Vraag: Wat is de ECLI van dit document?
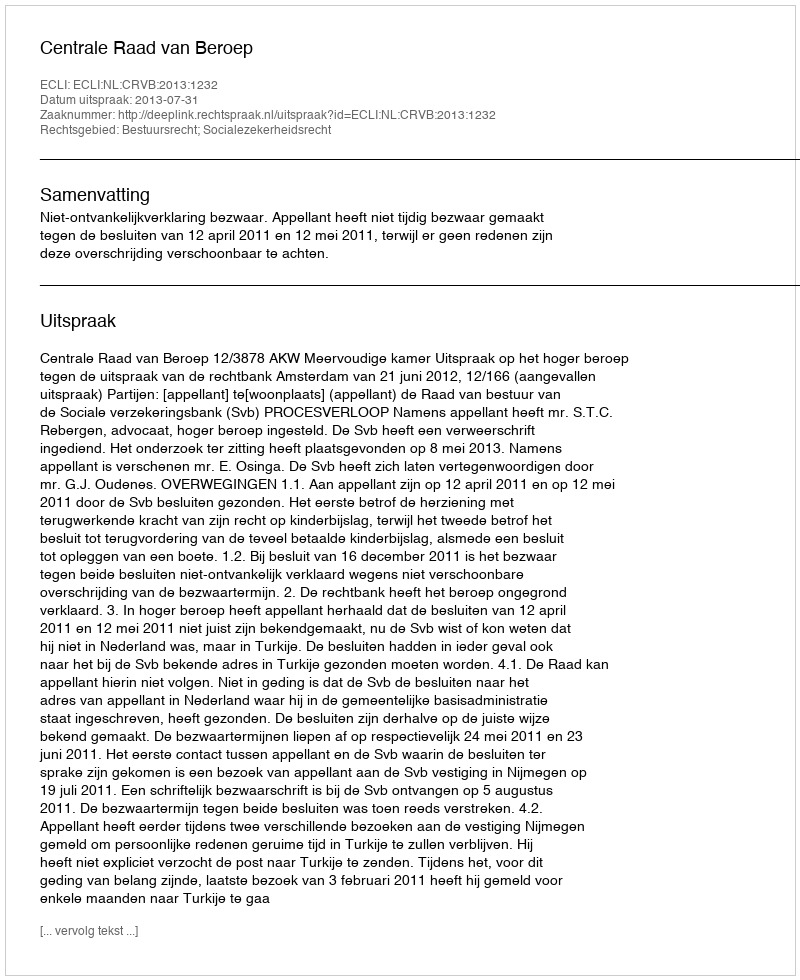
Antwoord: ECLI:NL:CRVB:2013:1232